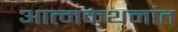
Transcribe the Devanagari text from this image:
आत्मकथनांत